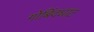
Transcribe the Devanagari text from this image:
गोबिंदघाट